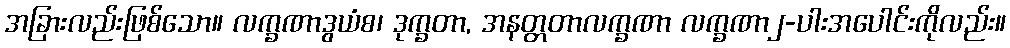
အခြားလည်းဖြစ်သော။ လက္ခဏာဒွယံစ၊ ဒုက္ခတာ, အနတ္တတာလက္ခဏာ လက္ခဏာ၂-ပါးအပေါင်းကိုလည်း။